Civil Veterinary Dept. North-West Frontier Province 1933-46 - 1933-1946
Year: 1933
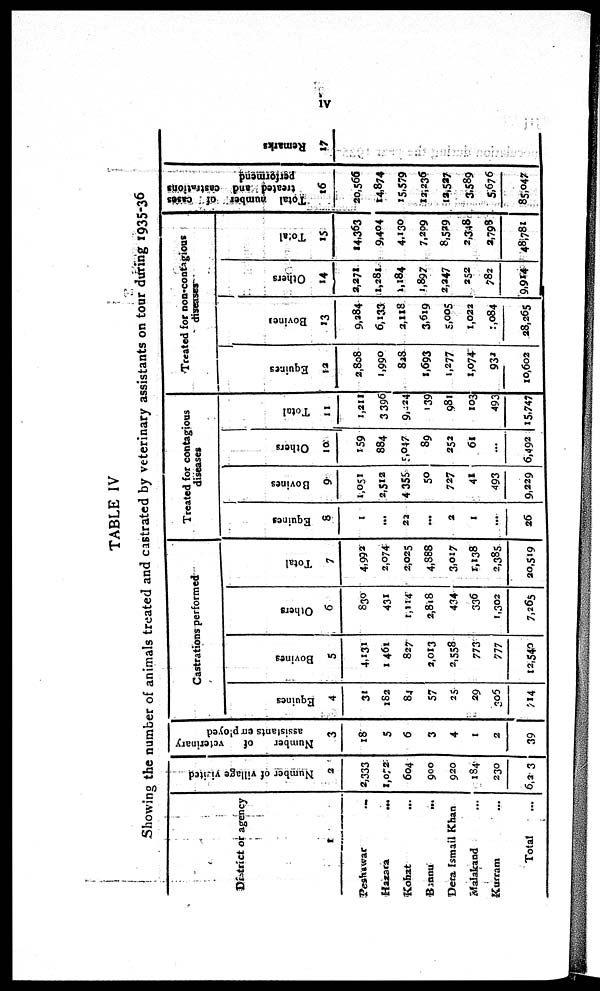
iv
TABLE IV
Showing the number of animals treated and castrated by veterinary assistants on tour during 1935-36
District or agency
1
Peshawar
...
Hazara
...
Kohat ...
Bannu
...
Dera Ismail Khan
Malakand ...
Kurram ...
Total ...
Number of village visited
2
2,333
1,072
604
900
920
184
230
6,33
Number of
veterinary
assistants employed
3
18
5
6
3
4
1
2
39
Castrations performed
Equines
4
31
182
84
57
25
29
305
714
Bovines
5
4,131
1 461
827
2,013
2,558
773
717
12,540
Others
6
830
431
1,114
2,818
434
336
1,302
7,265
Total
7
4,992
2,074
2,025
4,888
3,017
1,138
2,385
20,519
Treated for contagious
diseases
Equines
8
1
...
22
...
2
1
...
26
Bovines
9
l,051
2,512
4,355
50
727
41
493
9,229
Others
10
159
884
5,047
89
252
61
...
6,492
Total
11
1,211
3 396
9,424
139
981
103
493
15,747
Treated for non-contagious
diseases
Equines
12
2,808
1,990
828
1,693
1,277
1,074
932
10,602
Bovines
13
9,284
6,133
2,118
3,619
5,005
1,022
1,084
28,265
Others
14
2,271
1,281
1,184
1,897
2,247
252
782
9,914
Total
15
14,363
9,404
4,130
7,209
8,529
2,348
2,798
48,781
Total number of
cases
treated and
castrations
performend
16
20,566
14,874
15,579
12,236
13,527
3,589
5,676
85,047
Remarks
17